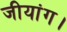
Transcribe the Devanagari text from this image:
जीयांग।